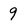
Character: 9